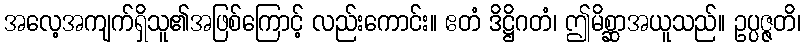
အလေ့အကျက်ရှိသူ၏အဖြစ်ကြောင့် လည်းကောင်း။ ဧတံ ဒိဋ္ဌိဂတံ၊ ဤမိစ္ဆာအယူသည်။ ဥပ္ပဇ္ဇတိ၊